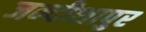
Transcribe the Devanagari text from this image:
जन्दीशापुर